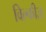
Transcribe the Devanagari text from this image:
विल्कीज़